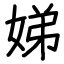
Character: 娣